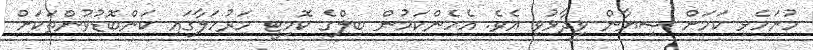
ހުށަހެޅި ކަމަށް ޝިޔާން ވިދާޅުވި އެވެ. އެހެންކަމުން ބިލްގެ ކޮމިޓީ މަރުހަލާގައި ކަންބޮޑުވުންތަކަށް